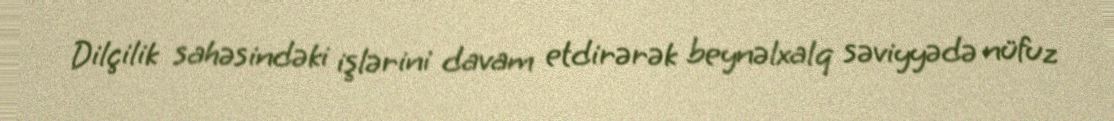
Dilçilik sahəsindəki işlərini davam etdirərək beynəlxalq səviyyədə nüfuz